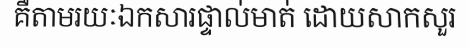
គឺតាមរយៈឯកសារផ្ទាល់មាត់ ដោយសាកសួរ